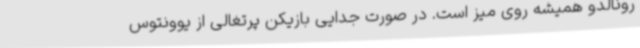
رونالدو همیشه روی میز است. در صورت جدایی بازیکن پرتغالی از یوونتوس